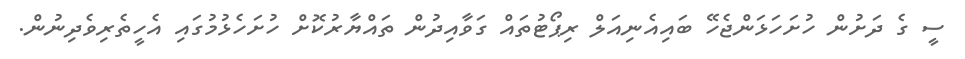
ސީ ގެ ދަށުން ހުށަހަޅަންޖެހޭ ބައިއެނިއަލް ރިޕޯޓުތައް ގަވާއިދުން ތައްޔާރުކޮށް ހުށަހެޅުމުގައި އެހީތެރިވެދިނުން.